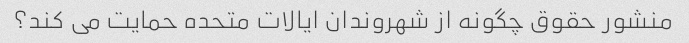
منشور حقوق چگونه از شهروندان ایالات متحده حمایت می کند؟